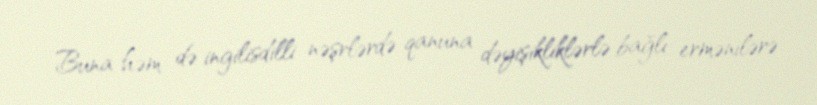
Buna həm də ingilisdilli nəşrlərdə qanuna dəyişikliklərlə bağlı ermənilərə